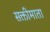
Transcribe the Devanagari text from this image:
सक्तीमाता